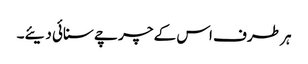
ہر طرف اس کے چرچے سنائی دیئے۔